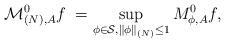
LaTeX: \begin{align*} \mathcal{M}^{0}_{(N),A} f \; = \sup_{ \substack{\phi \in \mathcal{S}, \| \phi \|_{(N)} \leq 1}} M_{\phi,A}^{0} f,\end{align*}